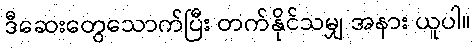
ဒီဆေးတွေသောက်ပြီး တက်နိုင်သမျှ အနား ယူပါ။